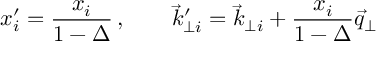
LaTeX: x _ { i } ^ { \prime } = { \frac { x _ { i } } { 1 - \Delta } } \, , \qquad { \vec { k } } _ { \perp i } ^ { \prime } = { \vec { k } } _ { \perp i } + { \frac { x _ { i } } { 1 - \Delta } } { \vec { q } } _ { \perp }